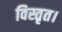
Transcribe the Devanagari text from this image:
विस्तृत।